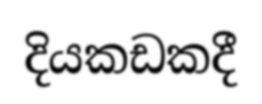
දියකඩකදී